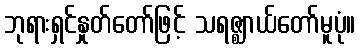
ဘုရားရှင်နှုတ်တော်ဖြင့် သရဇ္ဈာယ်တော်မူပုံ။